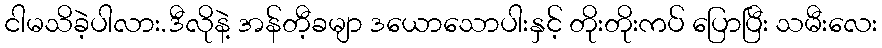
ငါမသိခဲ့ပါလား.ဒီလိုနဲ့ အန်တီ့ခမျာ ဒယောသောပါးနှင့် တိုးတိုးကပ် ပြောပြီး သမီးလေး